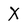
Character: X